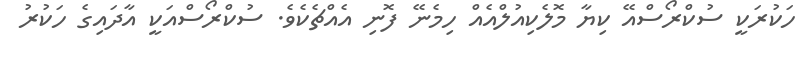
ހަކުރަކީ ސުކްރޯސްއޭ ކިޔާ މޮލެކިއުލްއެއް ހިމެނޭ ފޮނި އެއްޗެކެވެ. ސުކްރޯސްއަކީ އާދައިގެ ހަކުރު